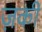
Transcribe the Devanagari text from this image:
ज़की